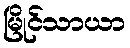
မြိုင်သာယာ